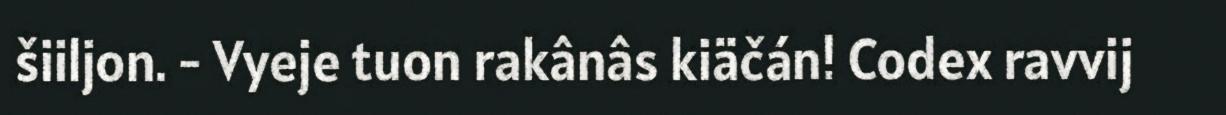
šiiljon. - Vyeje tuon rakânâs kiäčán! Codex ravvij